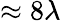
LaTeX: \approx 8\lambda